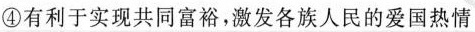
④有利于实现共同富裕，激发各族人民的爱国热情